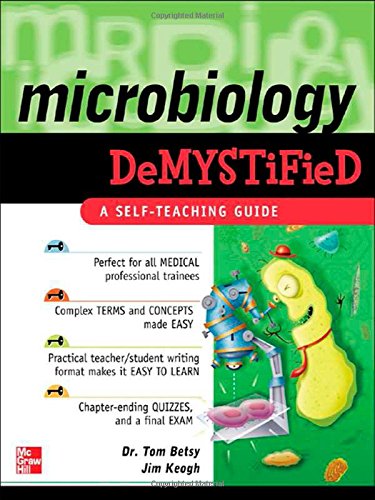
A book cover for Microbiology Demystified; Tom Betsy; Medical Books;